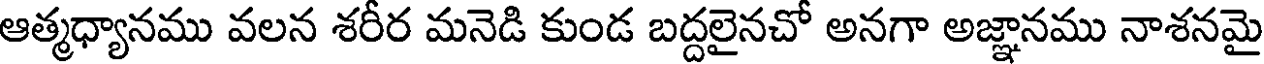
ఆత్మధ్యానము వలన శరీర మనెడి కుండ బద్దలైనచో అనగా అజ్ఞానము నాశనమై